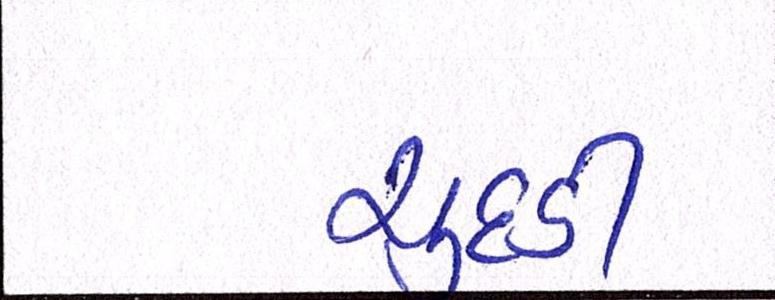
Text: ચુદડી